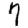
Digit: 7